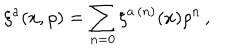
\xi ^ { a } ( x , \rho ) = \sum _ { n = 0 } \xi ^ { a \, ( n ) } ( x ) \rho ^ { n } \, ,